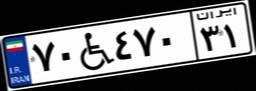
۷۰W۴۷۰۳۱